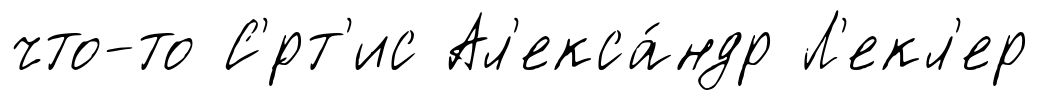
что-то С'́рт'ис Ал'екса́ндр Л'екл'ер